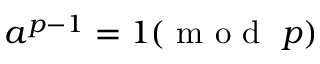
a ^ { p - 1 } = 1 ( \mathrm { ~ m ~ o ~ d ~ } ~ p )